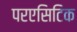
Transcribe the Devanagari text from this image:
परएसिटिक